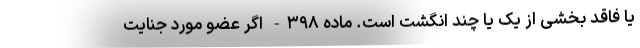
یا فاقد بخشی از یک یا چند انگشت است. ماده ۳۹۸- اگر عضو مورد جنایت